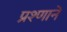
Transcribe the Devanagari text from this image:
प्रश्णाने